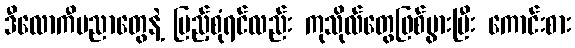
ဒီလောကီပညာတွေနဲ့ ပြည့်စုံရင်လည်း ကုသိုလ်တွေဖြစ်ပွားပြီး ကောင်းစား